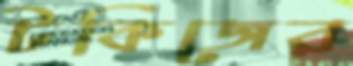
টকিজের